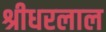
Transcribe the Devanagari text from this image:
श्रीधरलाल